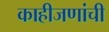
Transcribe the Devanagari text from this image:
काहीजणांची